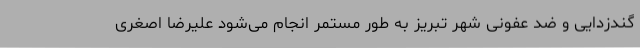
گندزدایی و ضد عفونی شهر تبریز به طور مستمر انجام می‌شود علیرضا اصغری